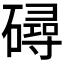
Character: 𥖇